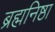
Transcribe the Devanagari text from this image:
ब्रह्मनिष्ठा